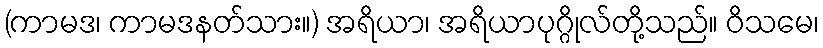
(ကာမဒ၊ ကာမဒနတ်သား။) အရိယာ၊ အရိယာပုဂ္ဂိုလ်တို့သည်။ ဝိသမေ၊